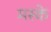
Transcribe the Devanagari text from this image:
मस्के